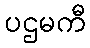
ပဌမကီ